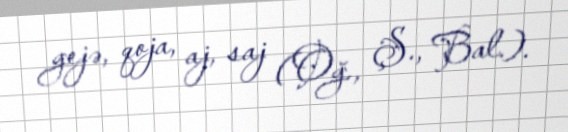
gejə, qoja, aj, saj (Oğ., Ş., Bal.).